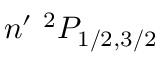
n ^ { \prime } \ ^ { 2 } P _ { 1 / 2 , 3 / 2 }